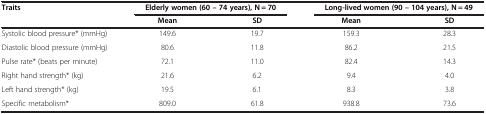
| Traits | <COLSPAN=2> Elderly women (60 – 74 years), N = 70 | <COLSPAN=2> Long-lived women (90 – 104 years), N = 49 |
 |  | Mean | SD | Mean | SD |
 | --- | --- | --- | --- | --- |
 | Systolic blood pressure* (mmHg) | 149.6 | 19.7 | 159.3 | 28.3 |
 | Diastolic blood pressure (mmHg) | 80.6 | 11.8 | 86.2 | 21.5 |
 | Pulse rate* (beats per minute) | 72.1 | 11.0 | 82.4 | 14.3 |
 | Right hand strength* (kg) | 21.6 | 6.2 | 9.4 | 4.0 |
 | Left hand strength* (kg) | 19.5 | 6.1 | 8.3 | 3.8 |
 | Specific metabolism* | 809.0 | 61.8 | 938.8 | 73.6 |